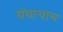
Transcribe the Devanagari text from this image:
ग्रंथाचाच